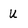
Character: U